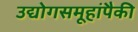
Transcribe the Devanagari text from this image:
उद्योगसमूहांपैकी